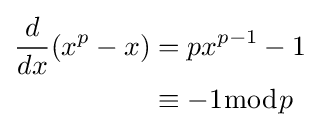
{\begin{aligned}{\frac {d}{dx}}(x^{p}-x)&=px^{p-1}-1\\&\equiv -1{\bmod {p}}\end{aligned}}